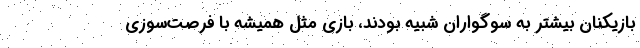
بازیکنان بیشتر به سوگواران شبیه بودند، بازی مثل همیشه با فرصت‌سوزی